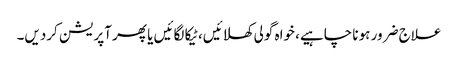
علاج ضرور ہونا چاہیے، خواہ گولی کھلائیں، ٹیکا لگائیں یا پھر آپریشن کردیں۔